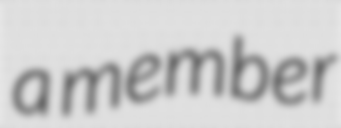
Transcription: a member